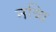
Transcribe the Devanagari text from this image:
नव्वि